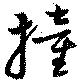
撞